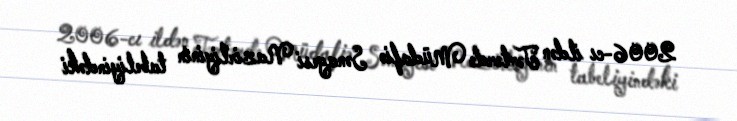
2006-cı ildən Tərtərdə Müdafiə Sənayesi Nazirliyinin tabeliyindəki